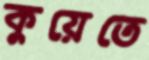
কুয়েতে